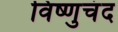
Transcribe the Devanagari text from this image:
विष्णुचंद